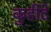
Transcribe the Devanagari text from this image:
कुहीटे